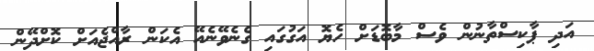
އަދި ޕާކިސްތާނުން ވެސް މާބޮޑަށް ހެޔޮ އަގުގައި ގެނެވޭނެއޭ އެކަން ރާއްޖެއަށް ކޮށްދޭން